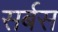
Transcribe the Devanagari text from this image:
सर्बस